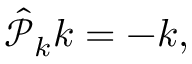
\begin{array} { r } { \hat { \mathcal P } _ { k } k = - k , } \end{array}